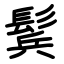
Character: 鬂